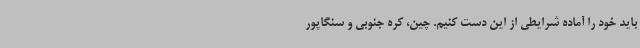
باید خود را آماده شرایطی از این دست کنیم. چین، کره جنوبی و سنگاپور